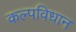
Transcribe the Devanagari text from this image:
कल्पविधान